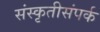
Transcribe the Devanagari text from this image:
संस्कृतीसंपर्क